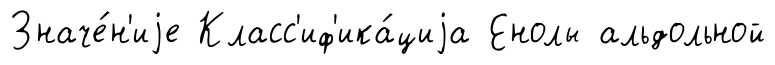
Значе́н'иjе Класс'иф'ика́циjа Енолы альдольной